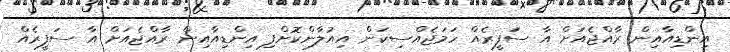
އިންޑިއާއިން ރާއްޖެއަށް އާ ސަފީރެއް ހަމަޖެއްސިކަން އިއުލާންކޮށްފި އިންޑިއާއިން ރާއްޖެއަށް އާ ސަފީރެއް